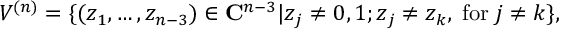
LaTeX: V ^ { ( n ) } = \{ ( z _ { 1 } , \ldots , z _ { n - 3 } ) \in { \bf C } ^ { n - 3 } | z _ { j } \ne 0 , 1 ; z _ { j } \ne z _ { k } , \; \mathrm { f o r } \; j \ne k \} ,